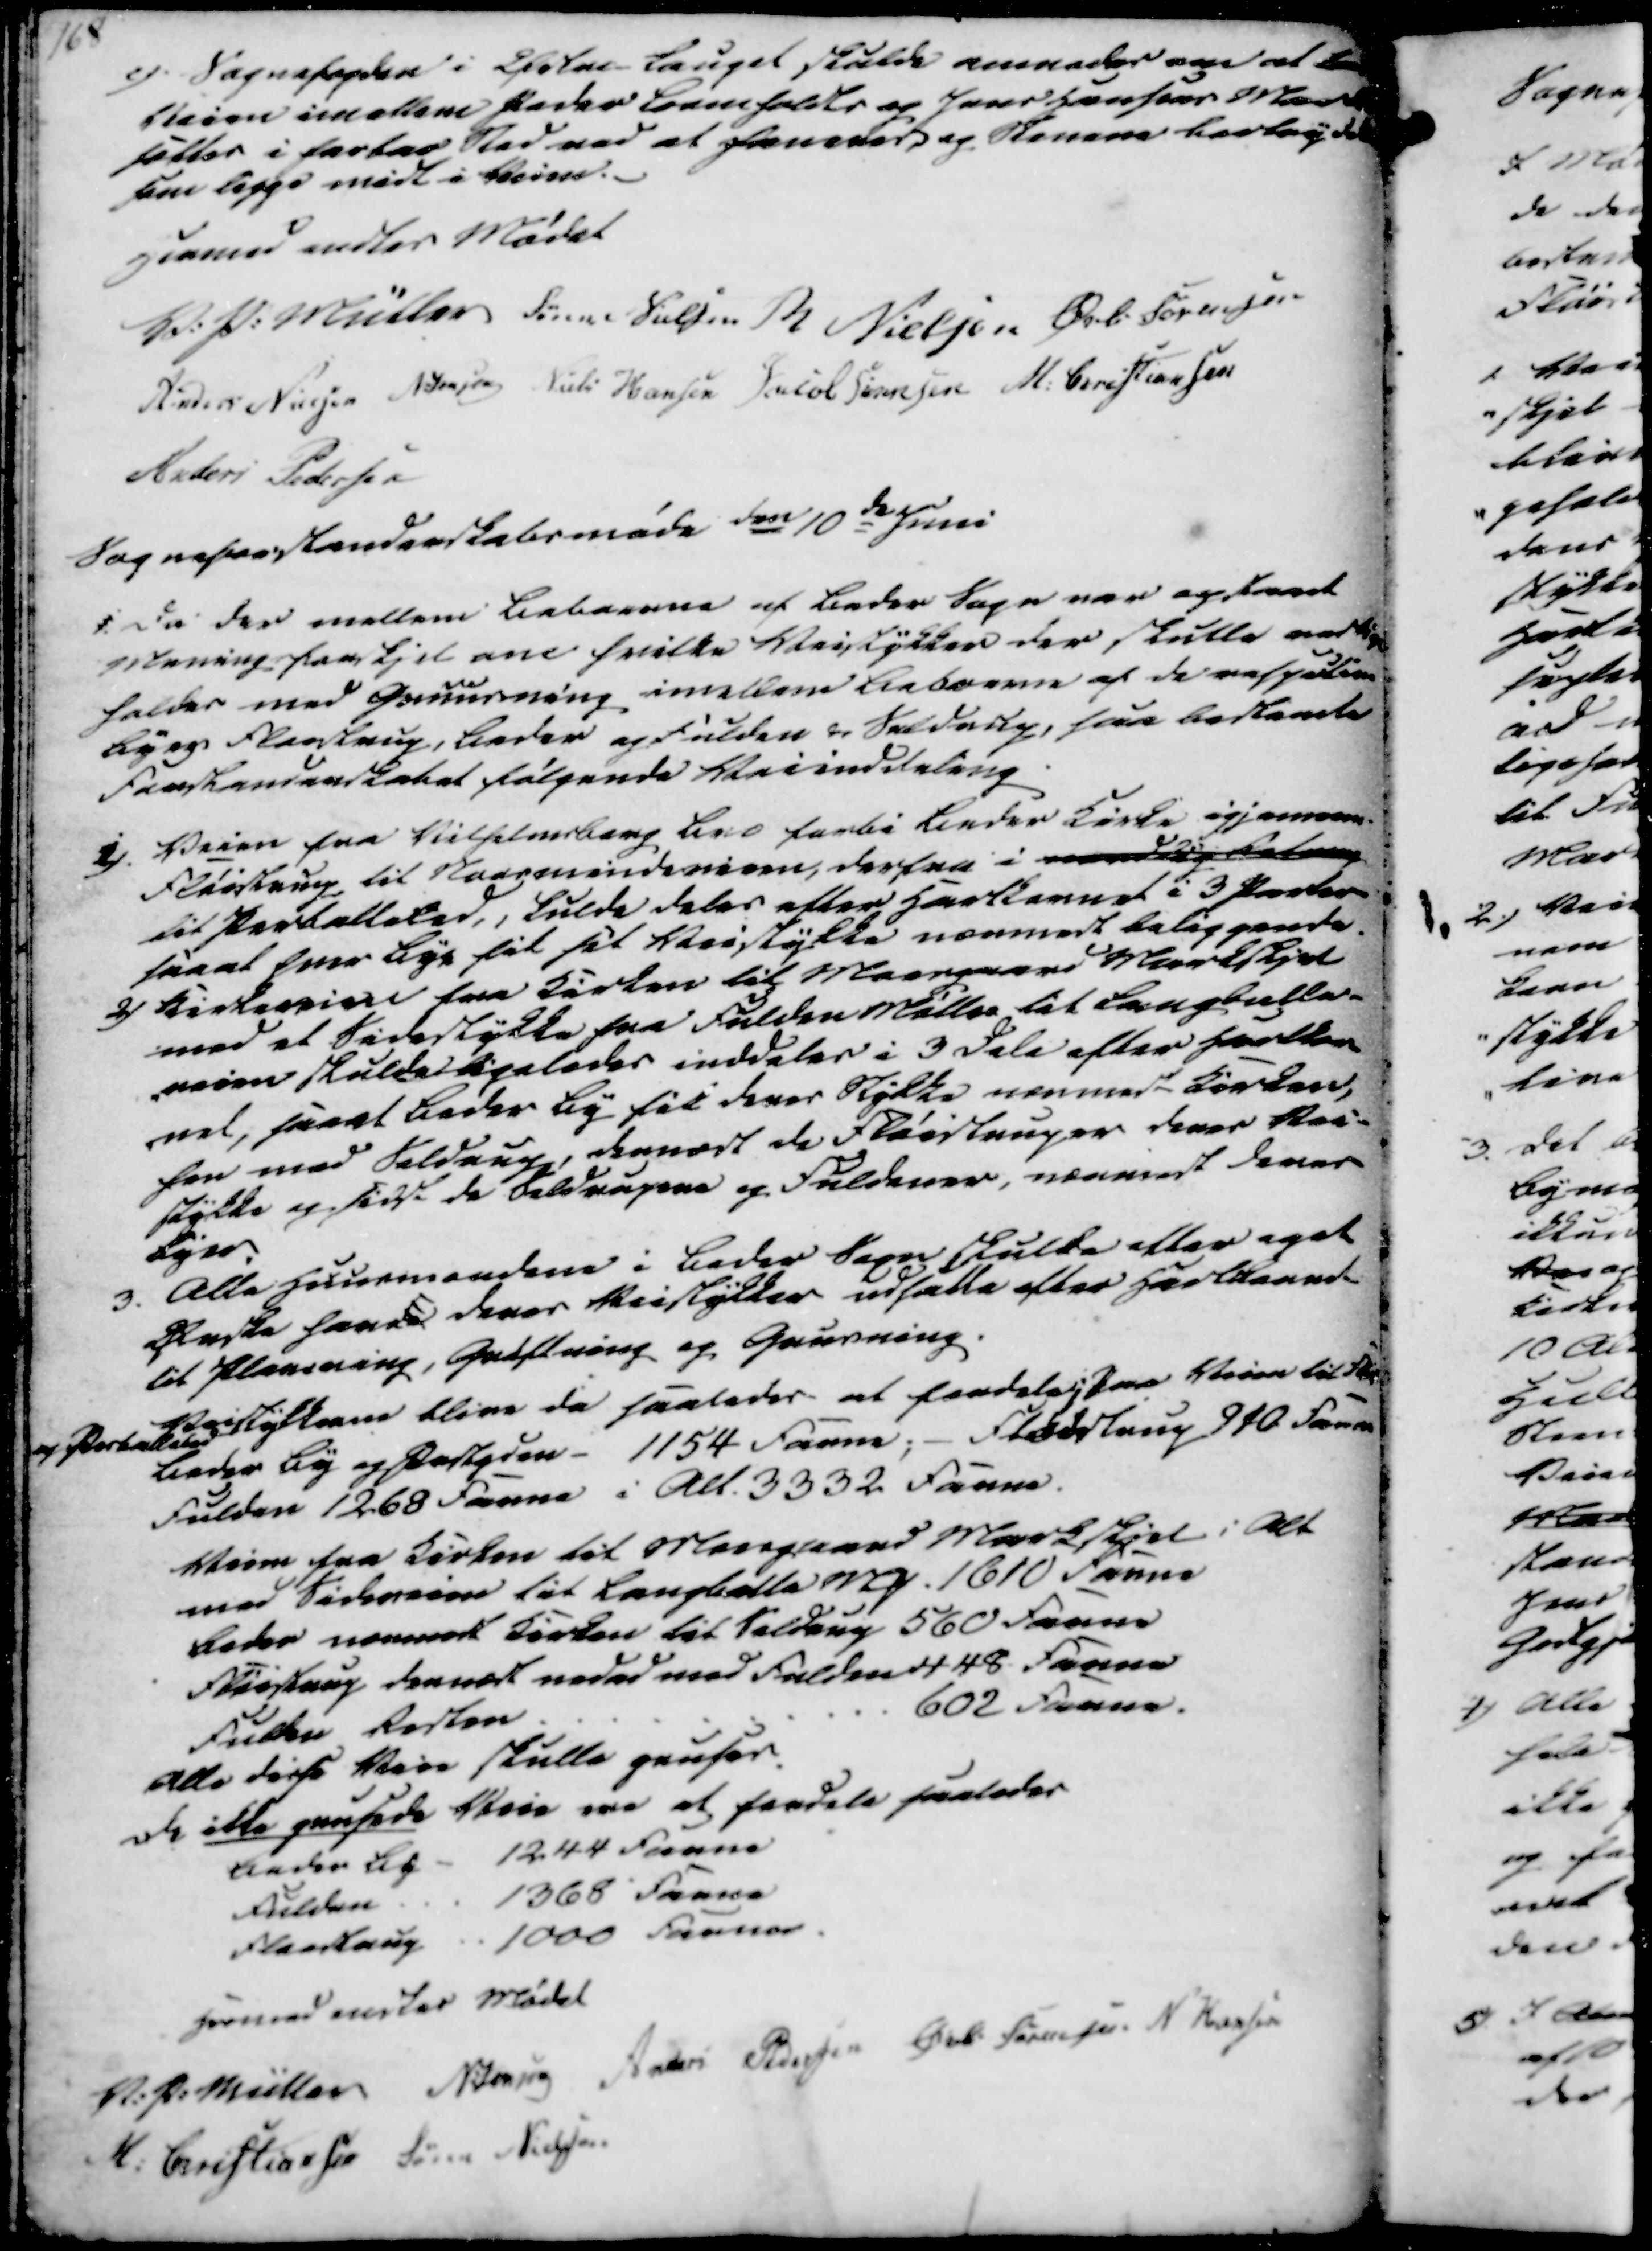
Transskription:
e). Sognefogden i Øster Lauget skulde anmodes om at
Veien imellem Peder Bemholdts og Jens Hansens Mark
sættes i farbar Sted ved at hanedes og stenere bortrydet
som ligge midt i Veien.

Hermed endtes Mødet
V. P. Müller
Søren Nielsen
R Nielsen
Øvli Sørensen
Anders Nielsen
N. Jensen
Niels Hansen
Jacob Sørensen
M. Christiansen
Anders Pedersen

Sogneforstanderskabsmøde den 10de Juni
1. Da der mellem Beboerne af Beder Sogn var opsaaet
Mening forskjel om hvilke Veistykker der skulle vedlige
holdes med Gruusning imellem Beboerne af de respective
Byer Fløestrup, Beder og Fulden & Seldrup, saa bestemte
Forstanderskabet følgende Veiinddeling
2). Veien fra Vilhelmsborg Bro forbi Beder Kirke igjennem
Fløistrup til Norsmindeveien, derfra i ddig R
til Perballeled, skulde deles efter Hartkornet i 3 Parter
saa at hver Bygs fik sit Veistykke nærmest beliggende.
2) Kirkeveien fra Kirken til Moesgaard Markskjel
med et Sidestykke fra Fulden Mølle til Langballe-
-veien skulde ligeledes inddeles i 3 Dele efter Hartkor-
-net, saaat Beder By fik deres Stykke nærved Kirken,
fen med Seldrup, dernæst de Fløistruper deres Vei-
stykke og sidst de Seldrupere og Fuldener, nærmest deres
Byer.

3. Alle Huusmendene i Beder Sogn skulde efter eget
Ønske havde deres Veistykker udsatte efter Hartkornet
til Planering, Grøftning og Grusning
Veistykkerne blive da saaledes at fordele: paa Veien til Flø
og Perballeled
Beder By og Pastyden- 1154 Faune; - Fløistrup 310 Faune
Fulden 1268 Faune i Alt. 3332 Faune.
Veien fra Kirken til Moesgaard Markskjel i Alt
med Sideveien til Langballe Mark 1610 Faune
Beder nærmest Kirken til Seldrup 560 Faune
Fløistrup dernæst nedad mod Fulden 448 Faune
Fulden Resten
602 Faune.
Alle disse Veie skulle gruses.
De ikke grusede Veie ere at fordele saaledes
Beder By - 1244 Favne
Fulden
1368 Favne
Fløestrup
1000 Favne

Hermed endtes Mødet
V. P. Müller
N. Jensen
Anders Pedersen
Øvli Sørensen.
N Hansen
M. Christiansen
Søren Nielsen